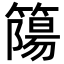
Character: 𥳜